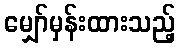
မျှော်မှန်းထားသည့်